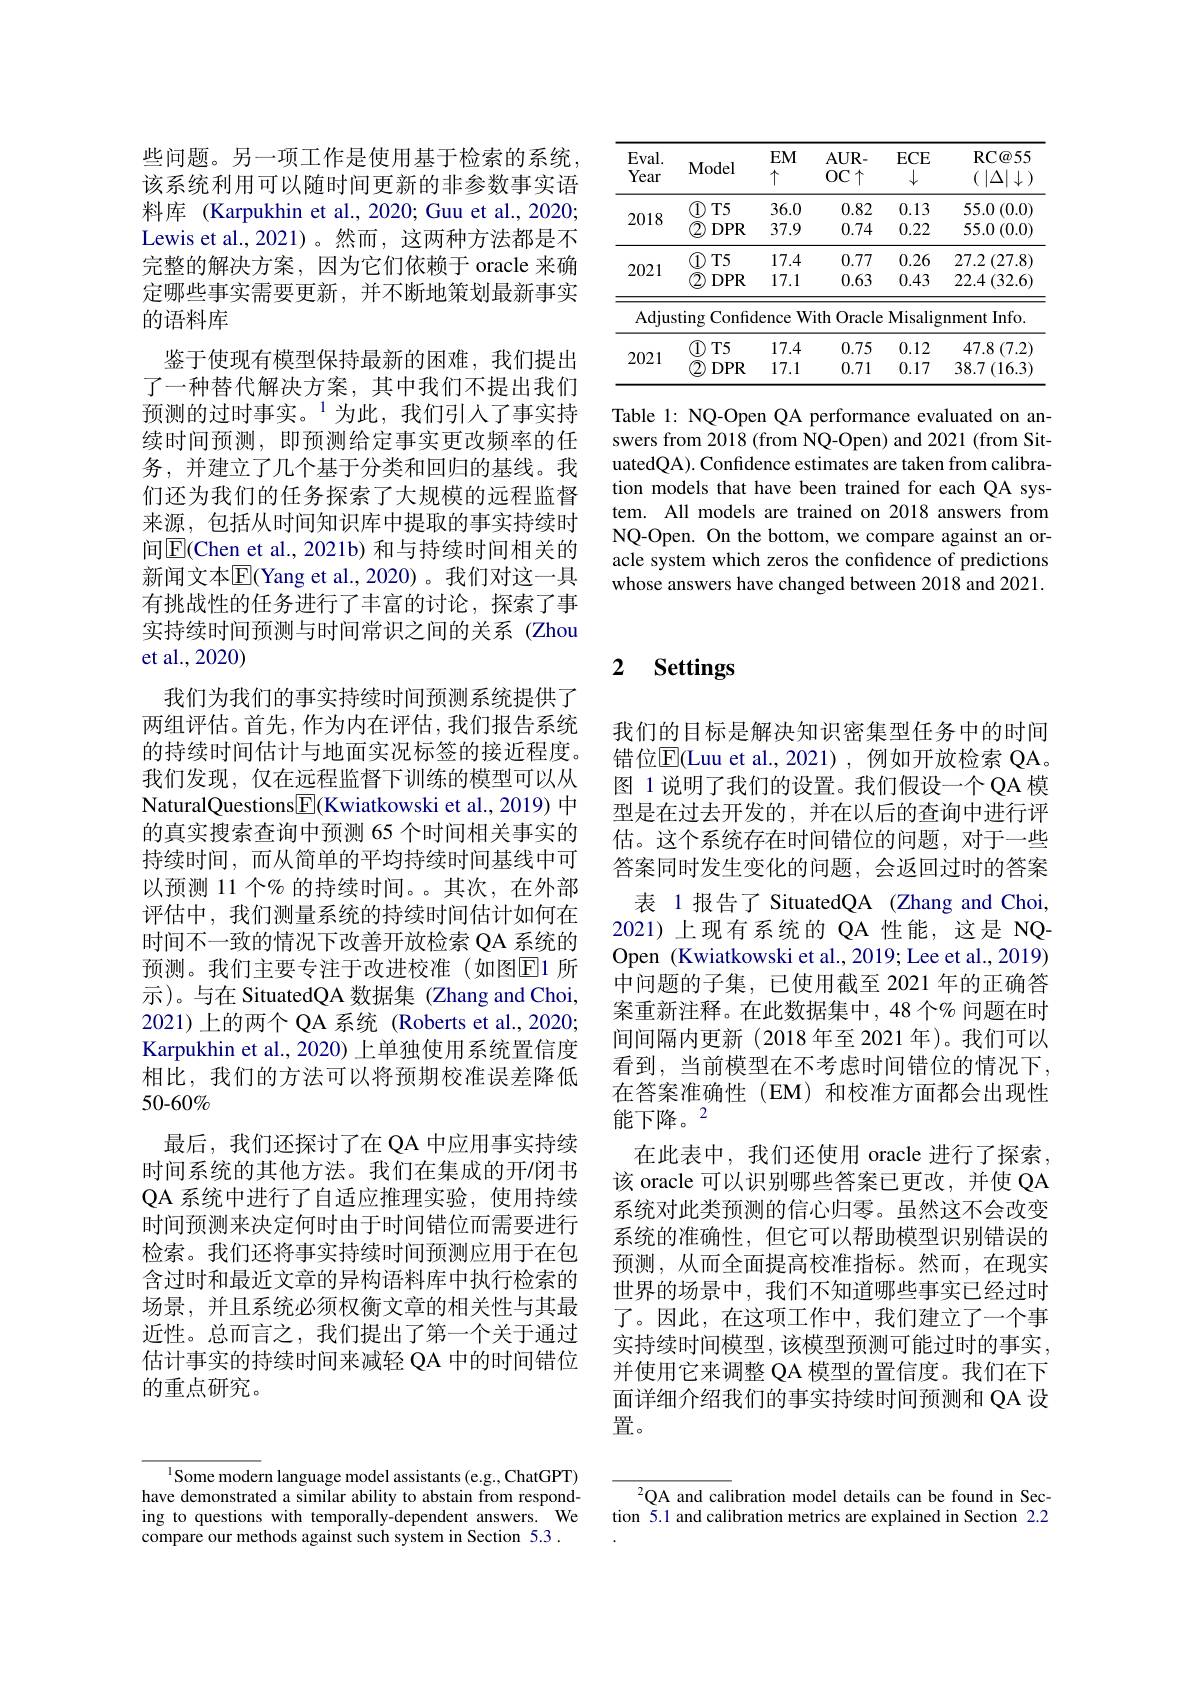
<table>
	<tbody>
		<tr>
			<th>$Eval.$ Year</th>
			<th>Model</th>
			<th>$EM$ $\uparrow$</th>
			<th>$AUR-$ $OC\uparrow$</th>
			<th>$ECE$ $\downarrow$</th>
			<th>RC@ 55 ( $| \Delta | \downarrow$</th>
		</tr>
		<tr>
			<td rowspan="4">2018</td>
			<td>$\textcircled{1}$ $T5$ $DPR$ 2</td>
			<td>36.0 37.9</td>
			<td>0.82 0.74</td>
			<td>0.13 0.22</td>
			<td>55.0 (0.0] 55.0 (0.0)</td>
		</tr>
		<tr>
			<td>$\textcircled{1}$ $T5$ 2 $DPR$</td>
			<td>36.0 37.9</td>
			<td>0.82 0.74</td>
			<td>0.13 0.22</td>
			<td>55.0 (0.0] 55.0 (0.0)</td>
		</tr>
		<tr>
			<td>$T5$ 1</td>
			<td>36.0</td>
			<td>0.82</td>
			<td>0.13</td>
			<td>55.0 $)\left(0.0\right.$</td>
		</tr>
		<tr>
			<td>$\textcircled{2}$ $DPR$</td>
			<td>37.9</td>
			<td>0.74</td>
			<td>0.22</td>
			<td>55.0 (0.0)</td>
		</tr>
		<tr>
			<td rowspan="2">2021</td>
			<td>$T5$</td>
			<td>17.4</td>
			<td>0.77</td>
			<td>0.26</td>
			<td>27.2 (27.8</td>
		</tr>
		<tr>
			<td>2 $DPR$</td>
			<td>17.1</td>
			<td>0.63</td>
			<td>0.43</td>
			<td>$22.4\left(32.6\right)$</td>
		</tr>
		<tr>
			<td>Adjus</td>
			<td>$\tan g$ Confic</td>
			<td>lence ' $W$</td>
			<td>ith Oracle</td>
			<td>Misalig</td>
			<td>$Info.$ nment</td>
		</tr>
		<tr>
			<td rowspan="3">2021</td>
			<td>$\textcircled{1}$ $T5$ $DPR$ 2</td>
			<td>17.4 17.1</td>
			<td>0.75 0.71</td>
			<td>0.12 0.17</td>
			<td>$47.8\left(7.2\right]$ $38.7\left(16.3\right]$</td>
		</tr>
		<tr>
			<td>$T5$ 1</td>
			<td>17.4</td>
			<td>0.75</td>
			<td>0.12</td>
			<td>47.8 (7.2</td>
		</tr>
		<tr>
			<td>$DPR$</td>
			<td>17.1</td>
			<td>0.71</td>
			<td>0.17</td>
			<td>$38.7\left(16.3\right]$</td>
		</tr>
	</tbody>
</table>

Table 1: NQ-Open QA performance evaluated on answers from 2018 (from NQ-Open) and 2021 (from SituatedQA). Confidence estimates are taken from calibration models that have been trained for each QA system. All models are trained on 2018 answers from NQ-Open. On the bottom, we compare against an oracle system which zeros the confidence of predictions whose answers have changed between 2018 and 2021.

些问题。另一项工作是使用基于检索的系统该系统利用可以随时间更新的非参数事实语料库 (Karpukhin et al., 2020; Guu et al., 2020; Lewis et al., 2021)。然而，这两种方法都是不完整的解决方案，因为它们依赖于 oracle 来确定哪些事实需要更新，并不断地策划最新事实的语料库
鉴于使现有模型保持最新的困难，我们提出了一种替代解决方案，其中我们不提出我们预测的过时事实。$^{1}$为此，我们引入了事实持续时间预测，即预测给定事实更改频率的任务，并建立了几个基于分类和回归的基线。我们还为我们的任务探索了大规模的远程监督来源，包括从时间知识库中提取的事实持续时间$\boxed{\mathrm{E}}($Chen et al., 2021b) 和与持续时间相关的新闻文本$\overline{\mathrm{E}}$(Yang et al., 2020)。我们对这一具有挑战性的任务进行了丰富的讨论，探索了事实持续时间预测与时间常识之间的关系(Zhou et al.,2020)

我们为我们的事实持续时间预测系统提供了两组评估。首先，作为内在评估，我们报告系统的持续时间估计与地面实况标签的接近程度。我们发现，仅在远程监督下训练的模型可以从NaturalQuestions$\boxed{\mathrm{F}}($Kwiatkowski et al., 2019) 中的真实搜索查询中预测 65 个时间相关事实的持续时间，而从简单的平均持续时间基线中可以预测 11 个% 的持续时间。。其次，在外部评估中，我们测量系统的持续时间估计如何在时间不一致的情况下改善开放检索 QA 系统的预测。我们主要专注于改进校准(如图E1 所示)。与在 SituatedQA 数据集 (Zhang and Choi, 2021)上的两个 QA 系统 (Roberts et al., 2020; Karpukhin et al., 2020) 上单独使用系统置信度相比，我们的方法可以将预期校准误差降低$50-60\%$
最后，我们还探讨了在 QA 中应用事实持续时间系统的其他方法。我们在集成的开/闭书QA 系统中进行了自适应推理实验，使用持续时间预测来决定何时由于时间错位而需要进行检索。我们还将事实持续时间预测应用于在包含过时和最近文章的异构语料库中执行检索的场景，并且系统必须权衡文章的相关性与其最近性。总而言之，我们提出了第一个关于通过估计事实的持续时间来减轻 QA 中的时间错位的重点研究。

$^{1}$Some modern language model assistants(e.g., ChatGPT) have demonstrated a similar ability to abstain from responding to questions with temporally-dependent answers. We compare our methods against such system in Section 5.3 .

## 2 $\textbf{Settings}$

我们的目标是解决知识密集型任务中的时间错位$\overline{\mathrm{E}}($Luu et al.,2021),例如开放检索 QA。图 1 说明了我们的设置。我们假设一个 QA 模型是在过去开发的，并在以后的查询中进行评估。这个系统存在时间错位的问题，对于一些答案同时发生变化的问题，会返回过时的答案
表 1 报告了 SituatedQA (Zhang and Choi, 2021)上现有系统的 QA 性能，这是 NQOpen (Kwiatkowski et al., 2019; Lee et al., 2019) 中问题的子集，已使用截至 2021 年的正确答案重新注释。在此数据集中，48 个% 问题在时间间隔内更新(2018 年至 2021 年)。我们可以看到，当前模型在不考虑时间错位的情况下， 在答案准确性(EM)和校准方面都会出现性能下降。2
在此表中，我们还使用 oracle 进行了探索该 oracle 可以识别哪些答案已更改，并使 QA 系统对此类预测的信心归零。虽然这不会改变系统的准确性，但它可以帮助模型识别错误的预测，从而全面提高校准指标。然而，在现实世界的场景中，我们不知道哪些事实已经过时了。因此，在这项工作中，我们建立了一个事实持续时间模型，该模型预测可能过时的事实。并使用它来调整 QA 模型的置信度。我们在下面详细介绍我们的事实持续时间预测和 QA 设置。

QA and calibration model details can be found in Section 5.1 and calibration metrics are explained in Section 2.2